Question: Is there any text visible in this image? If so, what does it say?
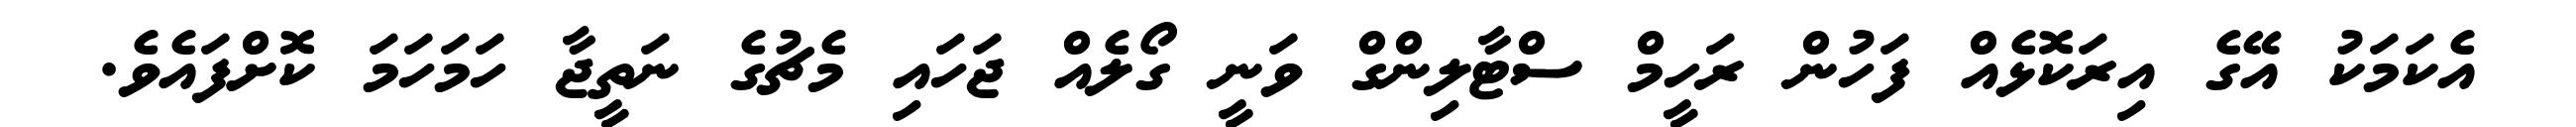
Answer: އެކަމަކު އޭގެ އިރަކޮޅެއް ފަހުން ރަހީމް ސްޓާލިންގް ވަނީ ގޯލެއް ޖަހައި މެޗުގެ ނަތީޖާ ހަމަހަމަ ކޮށްފައެވެ.